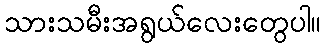
သားသမီးအရွယ်လေးတွေပါ။